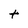
Character: t